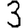
Digit: 3